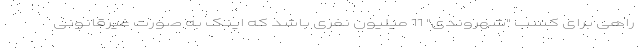
راهی برای کسب "شهروندی" 11 میلیون‌ نفری باشد که اینک به صورت غیرقانونی